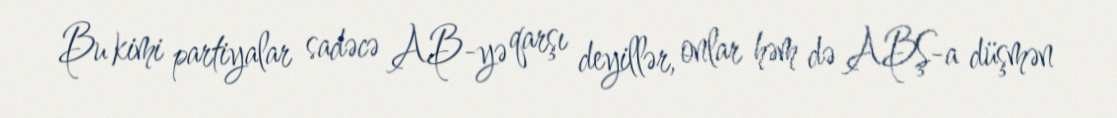
Bu kimi partiyalar sadəcə AB-yə qarşı deyillər, onlar həm də ABŞ-a düşmən